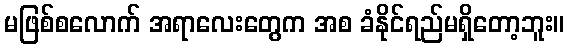
မဖြစ်စလောက် အရာလေးတွေက အစ ခံနိုင်ရည်မရှိတော့ဘူး။